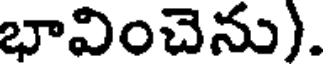
భావించెను).